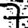
Digit: 7